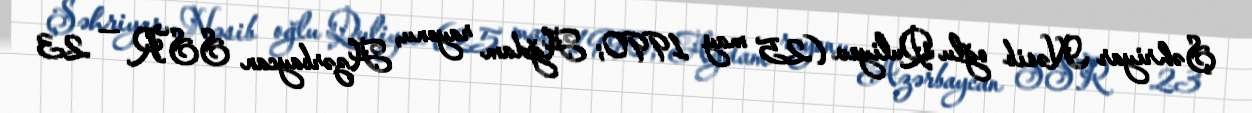
Şəhriyar Nəsib oğlu Quliyev (25 may 1990; Ağdam rayonu, Azərbaycan SSR — 23